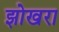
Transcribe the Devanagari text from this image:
झोखरा